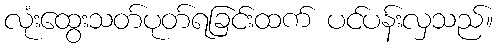
လုံးထွေးသတ်ပုတ်ရခြင်းထက် ပင်ပန်းလှသည်။